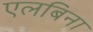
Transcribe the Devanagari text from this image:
एलबिना